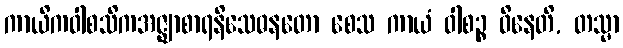
ကာယိကဝါစသိကအဇ္ဈာစာရနိသေဓနတော စေသ ကာယံ ဝါစဉ္စ ဝိနေတိ, တသ္မာ